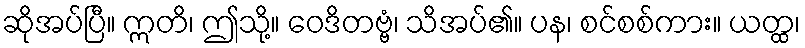
ဆိုအပ်ပြီ။ ဣတိ၊ ဤသို့။ ဝေဒိတဗ္ဗံ၊ သိအပ်၏။ ပန၊ စင်စစ်ကား။ ယတ္ထ၊